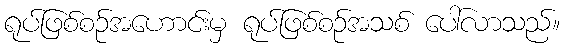
ရုပ်ဖြစ်စဉ်အဟောင်းမှ ရုပ်ဖြစ်စဉ်အသစ် ပေါ်လာသည်။